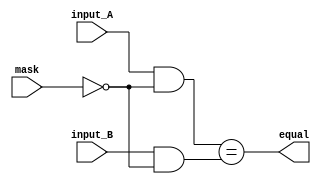
module masked_comparator (
    input [7:0] input_A,
    input [7:0] input_B,
    input [7:0] mask,
    output wire equal
);

wire [7:0] masked_input_A;
wire [7:0] masked_input_B;

assign masked_input_A = input_A & ~mask;
assign masked_input_B = input_B & ~mask;

assign equal = (masked_input_A == masked_input_B);

endmodule